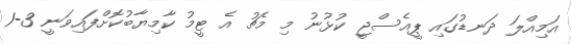
އަމިއްލަ ދަނޑުގައި ޕީއެސްޖީ ކުޅުނު މި މެޗު އެ ޓީމު ކާމިޔާބުކޮށްފައިވަނީ 3-1